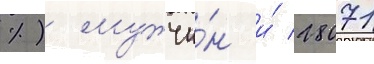
%) мужчи́н и́ 28071